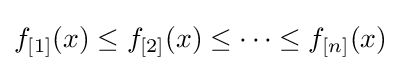
f_{[1]}(x)\leq f_{[2]}(x)\leq \cdots \leq f_{[n]}(x)